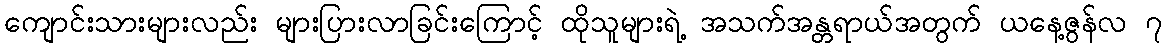
ကျောင်းသားများလည်း များပြားလာခြင်းကြောင့် ထိုသူများရဲ့ အသက်အန္တရာယ်အတွက် ယနေ့ဇွန်လ ၇